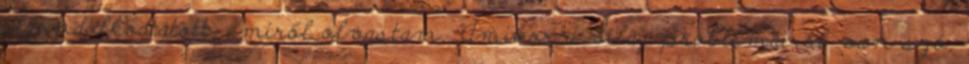
elgondolkodtatott, amiről olvastam. "Amikor a világ problémáiról van szó,